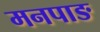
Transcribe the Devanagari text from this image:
मनपाङ